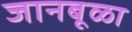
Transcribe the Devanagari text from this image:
जानबूळा